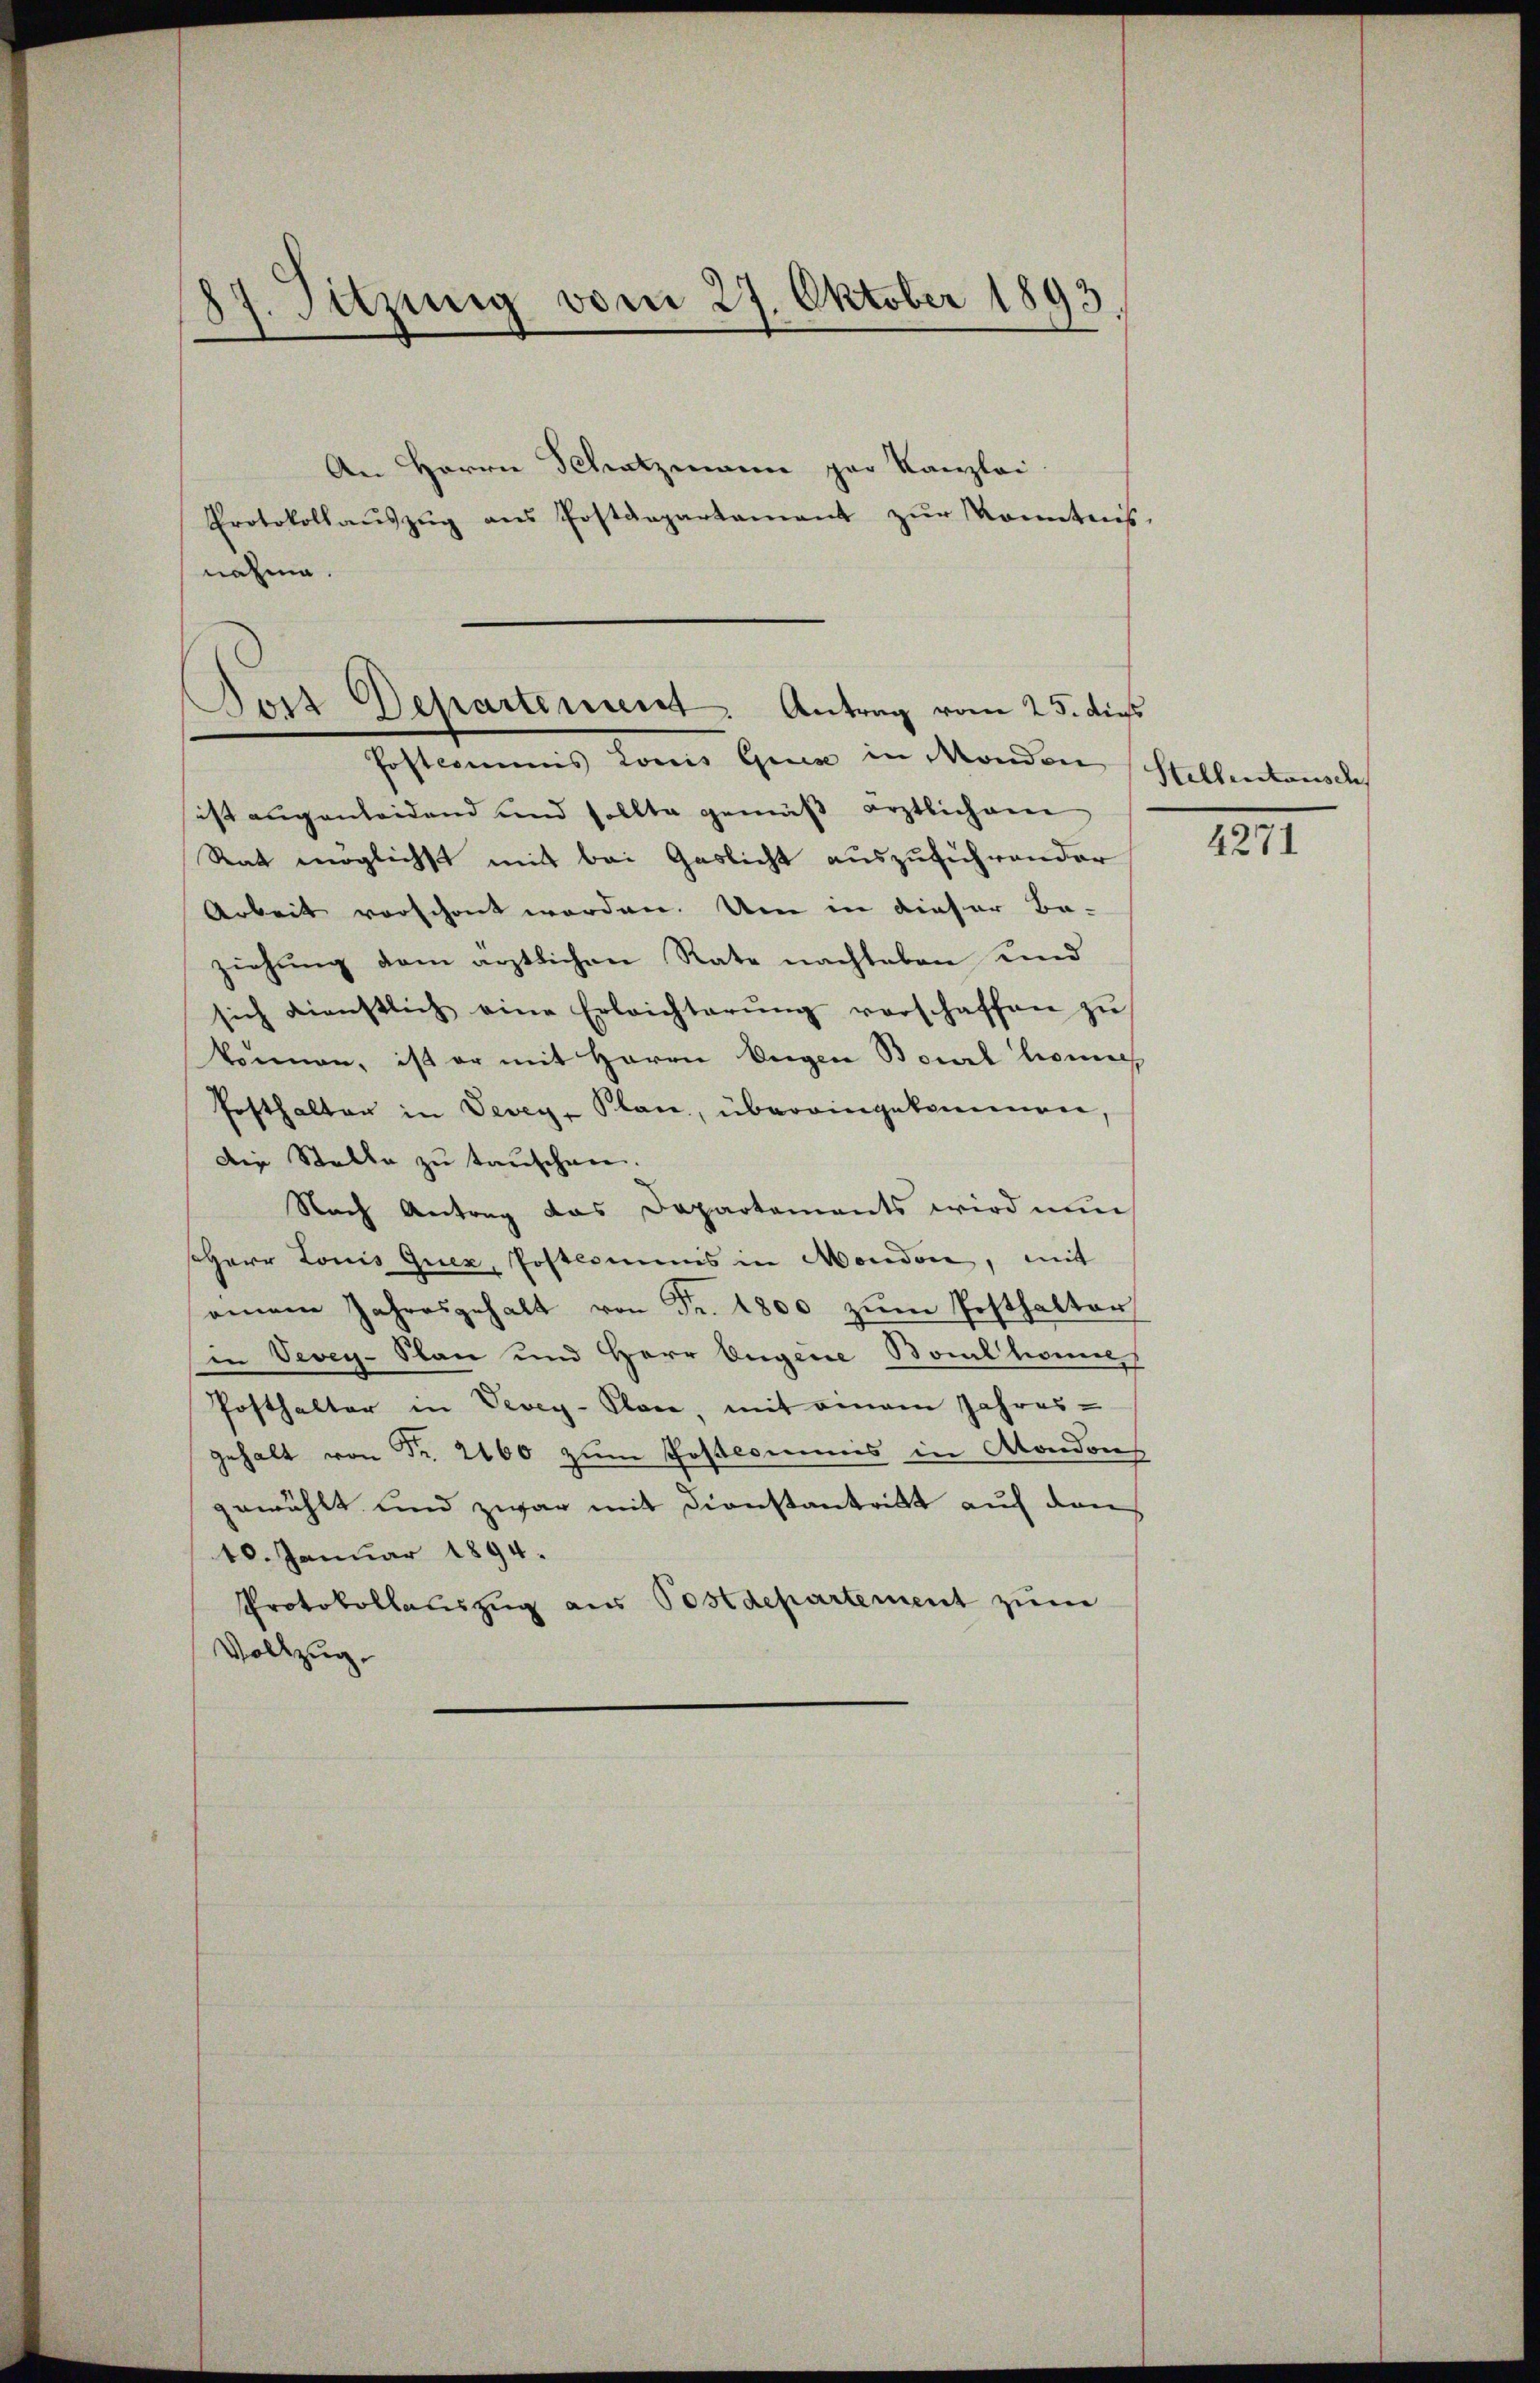
87. Sitzung vom 27. Oktober 1893.
An Herrn Schatzmann par Kanzlei
Protokollaŭszŭg aŭs Postdepartamant zŭr Konntnis.
nahme.

Post Departement. Antrag vom 25. dies
Postcommis Louis Giis in Mondon

sist augenleidend und sollte gemäβ ärztlichem
Rat möglichst mit bei Gaslicht auszuführender
Arbeit vorschont worden. Um in dieser Be-
ziehung dem ärztlichen Rate nachleben und
sich dienstlich eine Erleichterŭng verschaffen zŭ
können, ist er mit Herrn Eigen Bourt lerne
Fosthalter in Vevey- Plan, übereingekommen
Die Stelle zu tauschen.
Nach Antrag das Departements wird nun
seHerr Louis quez, Postcommis in Moudon, mit
einem Jahresgehalt von Fr. 1800 zum Posthalter
in Vevey-Plan und Herr Eugene Boulkomme
Posthalter in Vevey-Place, mit einem Jahres-
gehalt von Fr. 2160 zum Postcommis in Aondon
gewählt und zwar mit Dienstantritt auf den
10. Januar 1894.
Protokollauszug aus Postdepartement zum
Vollzug.

Stellentausc

4271